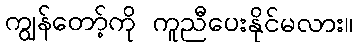
ကျွန်တော့်ကို ကူညီပေးနိုင်မလား။